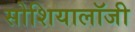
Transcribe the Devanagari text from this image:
सोशियालॉजी